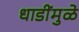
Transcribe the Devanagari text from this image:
धाडींमुळे